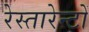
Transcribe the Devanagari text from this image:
रेस्तारेन्टों